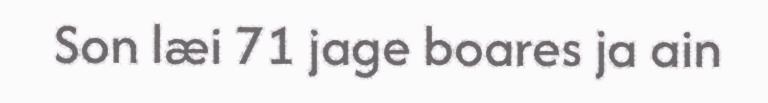
Son læi 71 jage boares ja ain